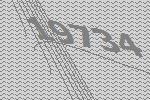
19734